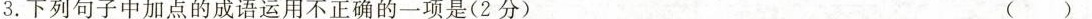
3.下列句子中加点的成语运用不正确的一项是(2分) ( )